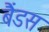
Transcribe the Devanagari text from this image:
बैंडस